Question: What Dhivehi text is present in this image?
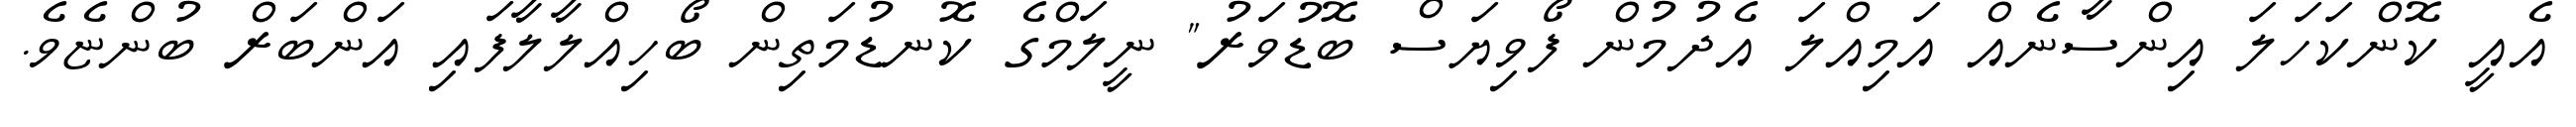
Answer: އެއީ ކޮންކަހަލަ އިންސާނެއް އަމިއްލަ އެދުމުން ފޯވިޔަސް ބޮޑުވަރު" ނީލަމްގެ ކޮނޑުމަތިން ބޯހިއްލާލާފައި އަންބަރް ބުންޏެވެ.